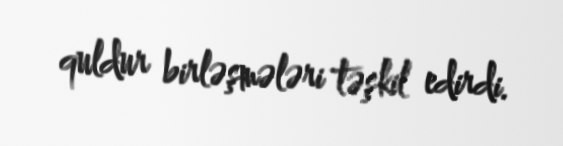
quldur birləşmələri təşkil edirdi.